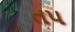
તપ